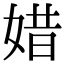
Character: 㛭